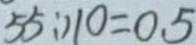
5 5 : 1 1 0 = 0 . 5